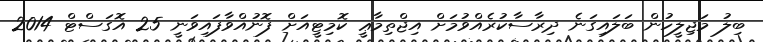
ބިލު މަޖިލީހުން ބަލައިގަނެ ދިރާސާކުރެއްވުމަށް އިޖްތިމާޢީ ކޮމިޓީއަށް ފޮނުއްވާފައިވަނީ 25 އޮގަސްޓް 2014